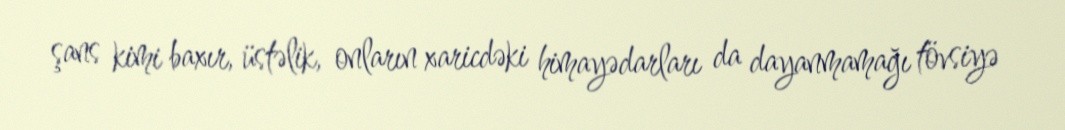
şans kimi baxır, üstəlik, onların xaricdəki himayədarları da dayanmamağı tövsiyə